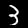
Digit: 3